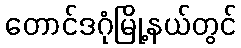
တောင်ဒဂုံမြို့နယ်တွင်